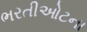
ભરતીઓટના